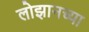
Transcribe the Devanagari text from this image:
लोझानच्या